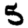
Digit: 5